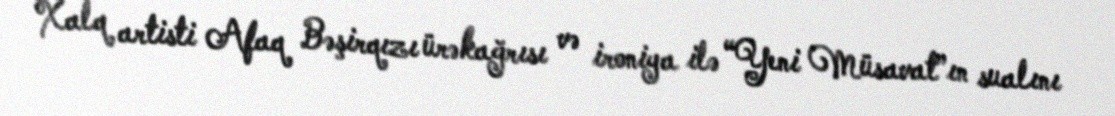
Xalq artisti Afaq Bəşirqızı ürəkağrısı və ironiya ilə “Yeni Müsavat”ın sualını